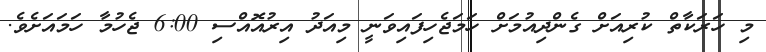
މި ހަރަކާތް ކުރިއަށް ގެންދިއުމަށް ހަމަޖެހިފައިވަނީ މިއަދު އިރުއޮއްސި 6:00 ޖެހުމާ ހަމައަށެވެ.